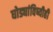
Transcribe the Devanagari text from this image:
घोड्यांविष्यीही